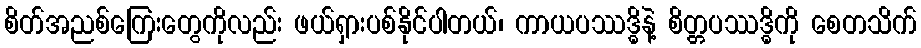
စိတ်အညစ်ကြေးတွေကိုလည်း ဖယ်ရှားပစ်နိုင်ပါတယ်၊ ကာယပဿဒ္ဓိနဲ့ စိတ္တပဿဒ္ဓိကို စေတသိက်